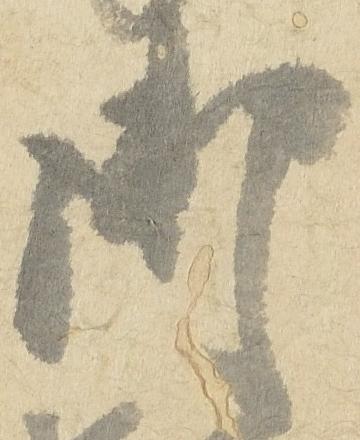
御